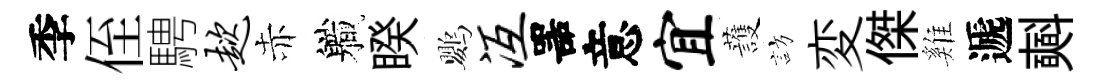
季侄騁趑赤軄睽鸚冱噐意宜䕶訪変傑雞遞𣂏